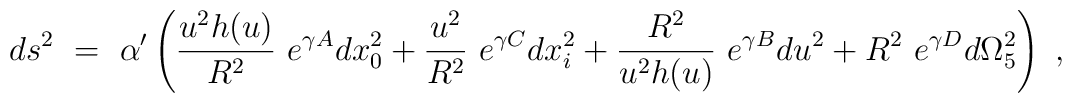
ds^2~=~\alpha ^{\prime}\left (\frac{u^2h(u)}{R^2}~e^{\gamma A}dx_0^2+\frac{u^2}{R^2}~e^{\gamma C}dx_i^2+\frac{R^2}{u^2h(u)}~e^{\gamma B}du^2+R^2~e^{\gamma D}d\Omega _5^2\right )~,